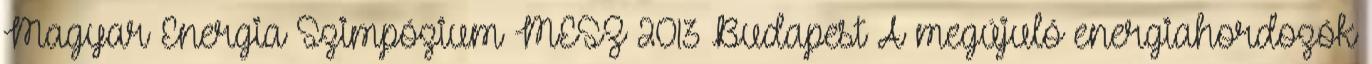
Magyar Energia Szimpózium MESZ 2013 Budapest A megújuló energiahordozók